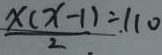
\frac { x ( x - 1 ) } { 2 } \div 1 1 0